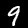
Label: 9